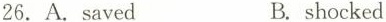
26.A.saved B.shocked